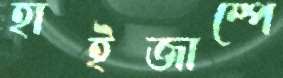
হাইজাম্পে